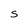
Character: S